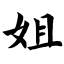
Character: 姐